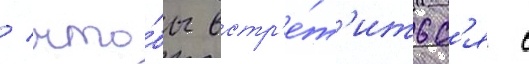
/ что́бы встр'е́т'итьс'я с